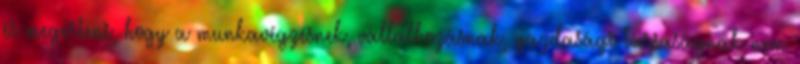
és megérteni, hogy a munkavégzésnek, vállalkozásnak, gazdasági társaságnak nem